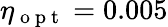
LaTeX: \eta_{\mathrm{~o~p~t~}}=0.005